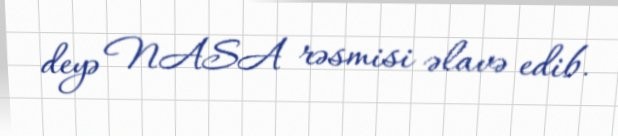
deyə NASA rəsmisi əlavə edib.